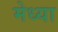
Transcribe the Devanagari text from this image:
मेध्या